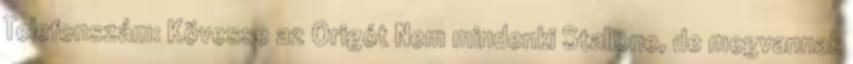
Telefonszám: Kövesse az Origót Nem mindenki Stallone, de megvannak